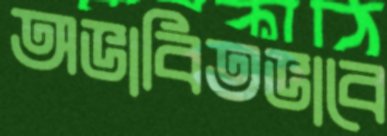
অভাবিতভাবে